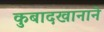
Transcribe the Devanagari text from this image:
कुबादखानाने